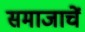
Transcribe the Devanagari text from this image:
समाजाचें